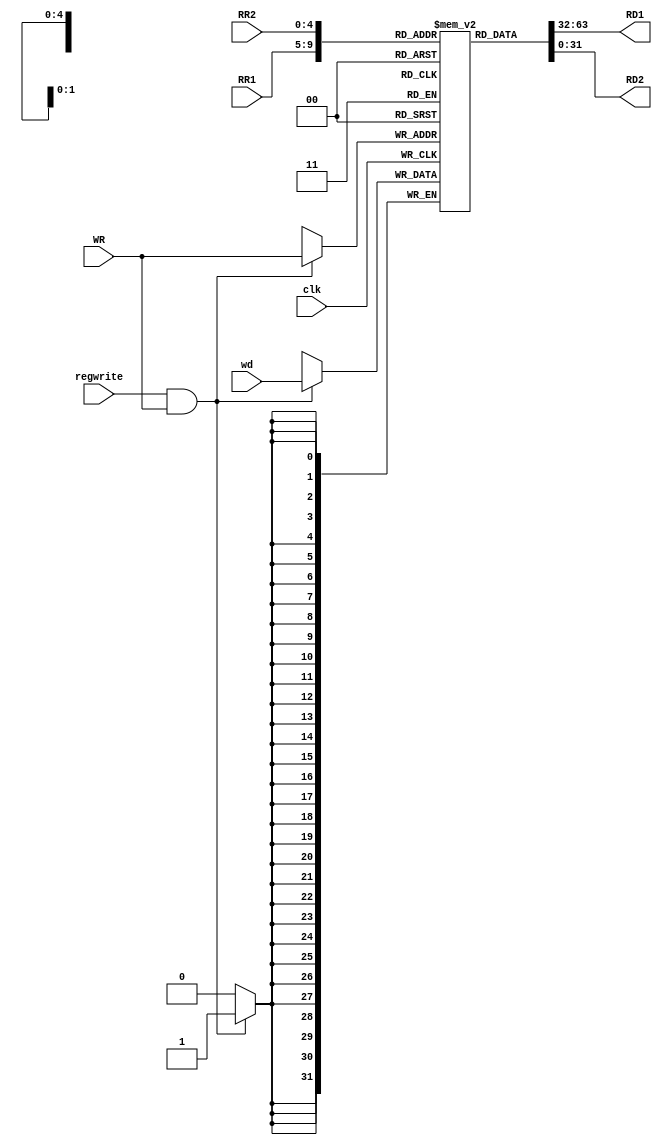
`timescale 1ns/1ns
module Regfile(input [4:0] RR1,RR2,WR,input [31:0] wd,input regwrite ,clk,output reg[31:0] RD1,RD2);
	reg [31:0] regs [31:0];
	initial begin
		regs[0] = 0;
	end
	always@(RR1,RR2,clk) begin
		RD1 = regs[RR1];
		RD2 = regs[RR2];
	end
	always@(posedge clk) begin
		if(regwrite && WR) begin 
			regs[WR] <= wd;
		end
	end
endmodule